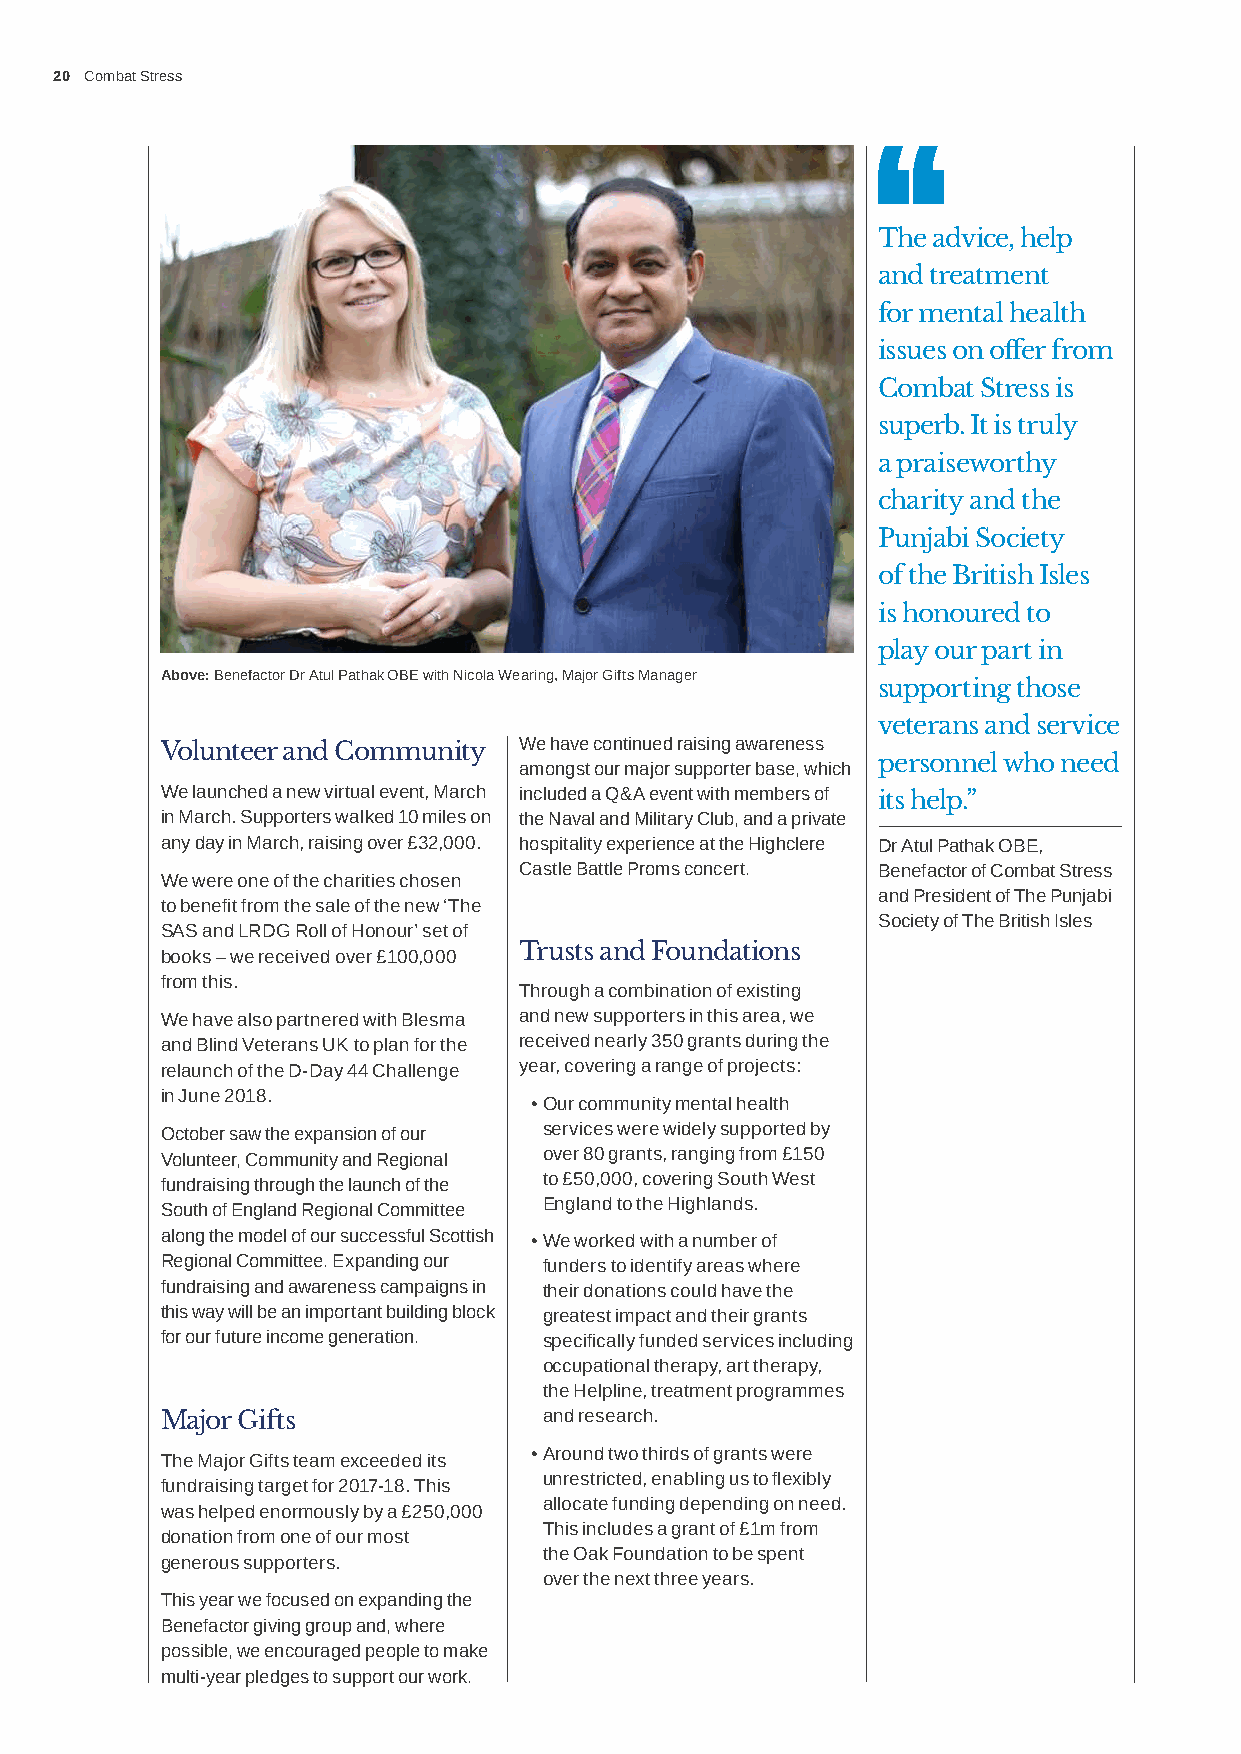
20 Combat Stress
 The advice, help
 and treatment
 for mental health
 issues on offer from
 Combat Stress is
 superb. It is truly
 a praiseworthy
 charity and the
 Punjabi Society
 of the British Isles
 is honoured to
 play our part in
 Above: Benefactor Dr Atul Pathak OBE with Nicola Wearing, Major Gifts Manager
 supporting those
 veterans and service
 Volunteer and Community We have continued raising awareness
 personnel who need
 amongst our major supporter base, which
 We launched a new virtual event, March included a Q&A event with members of its help.”
 in March. Supporters walked 10 miles on the Naval and Military Club, and a private
 any day in March, raising over £32,000. hospitality experience at the Highclere Dr Atul Pathak OBE,
 Castle Battle Proms concert. Benefactor of Combat Stress
 We were one of the charities chosen
 and President of The Punjabi
 to benefit from the sale of the new ‘The
 Society of The British Isles
 SAS and LRDG Roll of Honour’ set of
 Trusts and Foundations
 books – we received over £100,000
 from this.
 Through a combination of existing
 We have also partnered with Blesma and new supporters in this area, we
 and Blind Veterans UK to plan for the received nearly 350 grants during the
 relaunch of the D-Day 44 Challenge year, covering a range of projects:
 in June 2018.
 • Our community mental health
 October saw the expansion of our services were widely supported by
 Volunteer, Community and Regional over 80 grants, ranging from £150
 fundraising through the launch of the to £50,000, covering South West
 England to the Highlands.
 South of England Regional Committee
 along the model of our successful Scottish • We worked with a number of
 Regional Committee. Expanding our funders to identify areas where
 fundraising and awareness campaigns in their donations could have the
 this way will be an important building block greatest impact and their grants
 for our future income generation. specifically funded services including
 occupational therapy, art therapy,
 the Helpline, treatment programmes
 Major Gifts              and research.
 • Around two thirds of grants were
 The Major Gifts team exceeded its
 unrestricted, enabling us to flexibly
 fundraising target for 2017-18. This
 allocate funding depending on need.
 was helped enormously by a £250,000
 This includes a grant of £1m from
 donation from one of our most
 the Oak Foundation to be spent
 generous supporters.
 over the next three years.
 This year we focused on expanding the
 Benefactor giving group and, where
 possible, we encouraged people to make
 multi-year pledges to support our work.